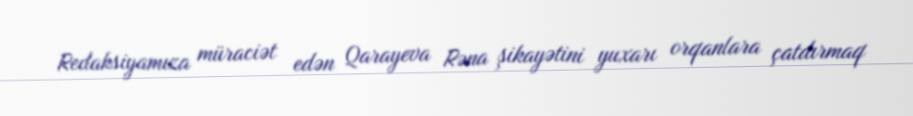
Redaksiyamıza müraciət edən Qarayeva Rəna şikayətini yuxarı orqanlara çatdırmaq